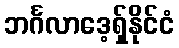
ဘင်္ဂလာဒေ့ရှ်နိုင်ငံ